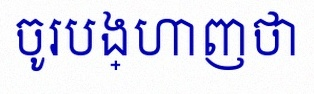
ចូរបង្ហាញថា